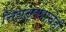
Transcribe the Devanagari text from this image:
नियंत्रणाचेही